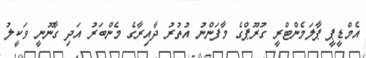
އެމްޑީޕީ ޕާލަމެންޓްރީ ގުރޫޕްގެ މާފަންނު އުތުރު ދާއިރާގެ މެންބަރު އަދި ގާނޫނީ ވަކީލު